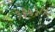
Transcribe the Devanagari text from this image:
१३७३८८